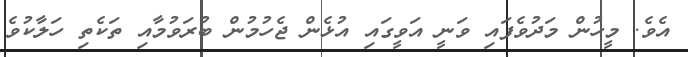
އެވެ. މީހުން މަދުވެފައި ވަނީ އަވީގައި އުޅެން ޖެހުމުން ބުރަވުމާއި ތަކެތި ހަލާކުވެ